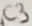
Text: C3